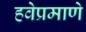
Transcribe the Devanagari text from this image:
हवेप्रमाणे